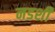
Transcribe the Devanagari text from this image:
नडशी